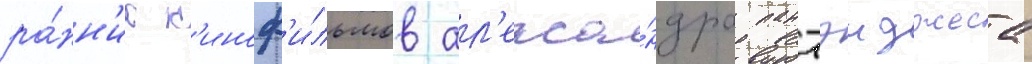
ра́нн'их к'иноф'и́льмов ал'екса́ндра пантэиджеса